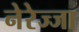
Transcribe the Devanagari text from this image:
नेरेज्जा